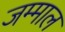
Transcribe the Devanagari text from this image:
जम्माल